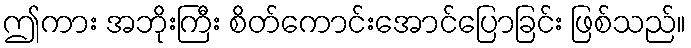
ဤကား အဘိုးကြီး စိတ်ကောင်းအောင်ပြောခြင်း ဖြစ်သည်။